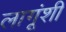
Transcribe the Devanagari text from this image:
लागूंशी